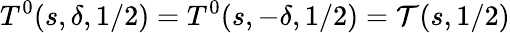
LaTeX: T^{0}(s,\delta,1/2)=T^{0}(s,-\delta,1/2)={\cal T}(s,1/2)